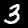
Label: 3